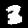
Label: 3